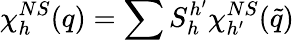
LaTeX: \chi_{h}^{NS}(q)=\sum S_{h}^{h^{\prime}}\chi_{h^{\prime}}^{NS}(\tilde{q})